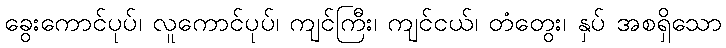
ခွေးကောင်ပုပ်၊ လူကောင်ပုပ်၊ ကျင်ကြီး၊ ကျင်ငယ်၊ တံတွေး၊ နှပ် အစရှိသော